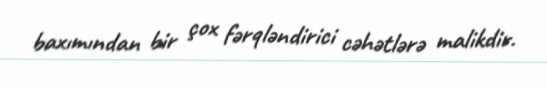
baxımından bir çox fərqləndirici cəhətlərə malikdir.